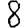
Digit: 8